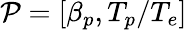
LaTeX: \mathcal{P}=\left[\beta_{p},T_{p}/T_{e}\right]